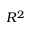
R ^ { 2 }